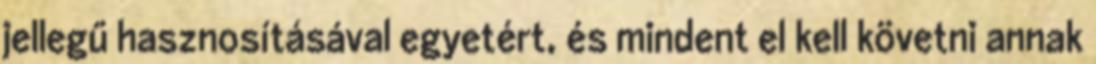
jellegű hasznosításával egyetért, és mindent el kell követni annak